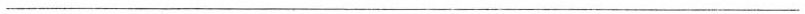
___